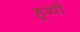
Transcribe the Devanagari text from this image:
हूयी